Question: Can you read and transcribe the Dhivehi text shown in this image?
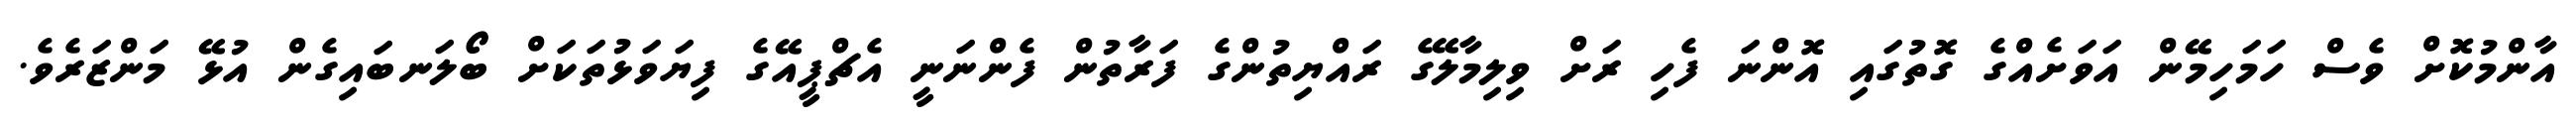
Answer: އާންމުކޮށް ވެސް ހަމަހިމޭން އަވަށެއްގެ ގޮތުގައި އޮންނަ ފެހި ރަށް ވިލިމާލޭގެ ރައްޔިތުންގެ ފަރާތުން ފެންނަނީ އެޗްޕީއޭގެ ފިޔަވަޅުތަކަށް ބޯލަނބައިގެން އުޅޭ މަންޒަރެވެ.